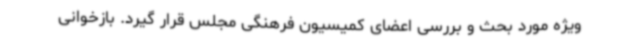
ویژه مورد بحث و بررسی اعضای کمیسیون فرهنگی مجلس قرار گیرد. بازخوانی